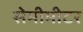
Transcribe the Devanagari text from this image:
सेमीमीटर